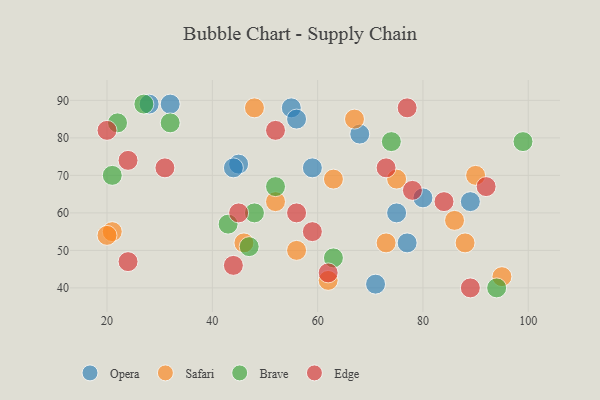
{"axis": {"x": "GDP", "y": "Life Expectancy"}, "legend": ["Brave", "Edge", "Opera", "Safari"], "data": [{"x": "89", "y": 63, "type": "Opera"}, {"x": "68", "y": 81, "type": "Opera"}, {"x": "55", "y": 88, "type": "Opera"}, {"x": "77", "y": 52, "type": "Opera"}, {"x": "45", "y": 73, "type": "Opera"}, {"x": "75", "y": 60, "type": "Opera"}, {"x": "56", "y": 85, "type": "Opera"}, {"x": "80", "y": 64, "type": "Opera"}, {"x": "59", "y": 72, "type": "Opera"}, {"x": "71", "y": 41, "type": "Opera"}, {"x": "32", "y": 89, "type": "Opera"}, {"x": "44", "y": 72, "type": "Opera"}, {"x": "28", "y": 89, "type": "Opera"}, {"x": "21", "y": 55, "type": "Safari"}, {"x": "48", "y": 88, "type": "Safari"}, {"x": "67", "y": 85, "type": "Safari"}, {"x": "63", "y": 69, "type": "Safari"}, {"x": "75", "y": 69, "type": "Safari"}, {"x": "46", "y": 52, "type": "Safari"}, {"x": "90", "y": 70, "type": "Safari"}, {"x": "62", "y": 42, "type": "Safari"}, {"x": "86", "y": 58, "type": "Safari"}, {"x": "95", "y": 43, "type": "Safari"}, {"x": "56", "y": 50, "type": "Safari"}, {"x": "20", "y": 54, "type": "Safari"}, {"x": "52", "y": 63, "type": "Safari"}, {"x": "88", "y": 52, "type": "Safari"}, {"x": "73", "y": 52, "type": "Safari"}, {"x": "48", "y": 60, "type": "Brave"}, {"x": "32", "y": 84, "type": "Brave"}, {"x": "22", "y": 84, "type": "Brave"}, {"x": "52", "y": 67, "type": "Brave"}, {"x": "74", "y": 79, "type": "Brave"}, {"x": "99", "y": 79, "type": "Brave"}, {"x": "27", "y": 89, "type": "Brave"}, {"x": "63", "y": 48, "type": "Brave"}, {"x": "21", "y": 70, "type": "Brave"}, {"x": "43", "y": 57, "type": "Brave"}, {"x": "47", "y": 51, "type": "Brave"}, {"x": "94", "y": 40, "type": "Brave"}, {"x": "78", "y": 66, "type": "Edge"}, {"x": "24", "y": 47, "type": "Edge"}, {"x": "24", "y": 74, "type": "Edge"}, {"x": "31", "y": 72, "type": "Edge"}, {"x": "73", "y": 72, "type": "Edge"}, {"x": "52", "y": 82, "type": "Edge"}, {"x": "92", "y": 67, "type": "Edge"}, {"x": "77", "y": 88, "type": "Edge"}, {"x": "89", "y": 40, "type": "Edge"}, {"x": "44", "y": 46, "type": "Edge"}, {"x": "62", "y": 44, "type": "Edge"}, {"x": "84", "y": 63, "type": "Edge"}, {"x": "45", "y": 60, "type": "Edge"}, {"x": "20", "y": 82, "type": "Edge"}, {"x": "59", "y": 55, "type": "Edge"}, {"x": "56", "y": 60, "type": "Edge"}]}